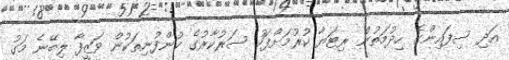
އަދި ސިފައިންގެ ހިދުމަތުން ރިޓަޔާ ކުރުމަށްފަހު ސަރުކާރުގެ ކުންފުނިތަކުން ވަޒީފާ ލިބޭނެ މަގު